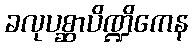
ခလုပစ္ဆာပိဏ္ဍိကေန